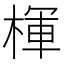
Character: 楎